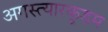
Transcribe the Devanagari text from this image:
अगस्त्यारकूडम